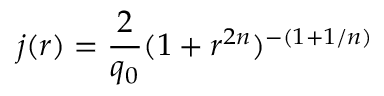
j ( r ) = \frac { 2 } { q _ { 0 } } ( 1 + r ^ { 2 n } ) ^ { - ( 1 + 1 / n ) }